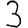
Digit: 3